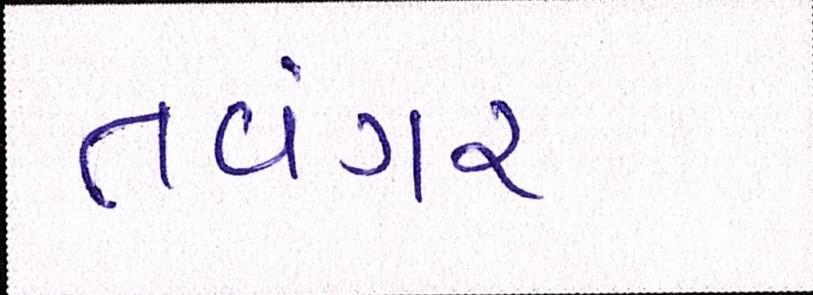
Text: તવંગર